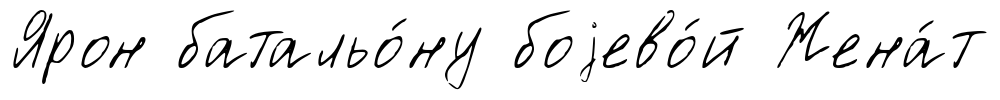
Ярон батальо́ну боjево́й Жена́т